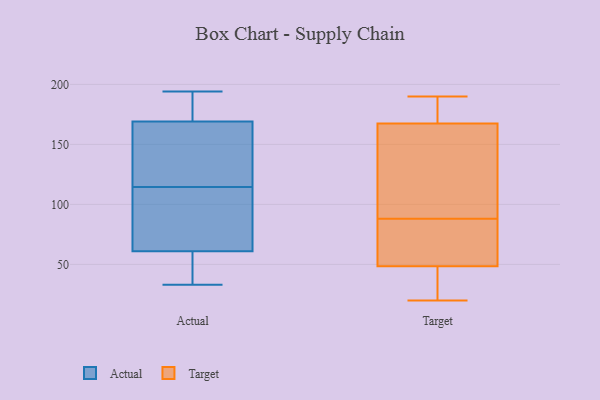
{"axis": {"x": "Population (Million)", "y": "Value"}, "legend": ["Actual", "Target"], "data": [{"x": "", "y": 126, "type": "Actual"}, {"x": "", "y": 70, "type": "Actual"}, {"x": "", "y": 33, "type": "Actual"}, {"x": "", "y": 186, "type": "Actual"}, {"x": "", "y": 149, "type": "Actual"}, {"x": "", "y": 49, "type": "Actual"}, {"x": "", "y": 169, "type": "Actual"}, {"x": "", "y": 193, "type": "Actual"}, {"x": "", "y": 89, "type": "Actual"}, {"x": "", "y": 60, "type": "Actual"}, {"x": "", "y": 175, "type": "Actual"}, {"x": "", "y": 62, "type": "Actual"}, {"x": "", "y": 49, "type": "Actual"}, {"x": "", "y": 194, "type": "Actual"}, {"x": "", "y": 61, "type": "Actual"}, {"x": "", "y": 165, "type": "Actual"}, {"x": "", "y": 144, "type": "Actual"}, {"x": "", "y": 103, "type": "Actual"}, {"x": "", "y": 124, "type": "Target"}, {"x": "", "y": 172, "type": "Target"}, {"x": "", "y": 84, "type": "Target"}, {"x": "", "y": 55, "type": "Target"}, {"x": "", "y": 29, "type": "Target"}, {"x": "", "y": 22, "type": "Target"}, {"x": "", "y": 88, "type": "Target"}, {"x": "", "y": 190, "type": "Target"}, {"x": "", "y": 113, "type": "Target"}, {"x": "", "y": 179, "type": "Target"}, {"x": "", "y": 20, "type": "Target"}, {"x": "", "y": 73, "type": "Target"}, {"x": "", "y": 166, "type": "Target"}]}